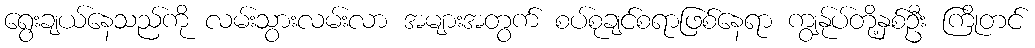
ရွေးချယ်နေသည်ကို လမ်းသွားလမ်းလာ အများအတွက် စပ်စုချင်စရာဖြစ်နေရာ ကျွန်ုပ်တို့နှစ်ဦး ကြိုတင်